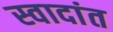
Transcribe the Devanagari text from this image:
स्वादांत